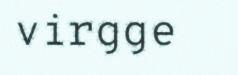
virgge